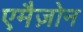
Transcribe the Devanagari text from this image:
एमैज़ोन